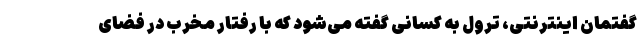
گفتمان اینترنتی، ترول به کسانی گفته می‌شود که با رفتار مخرب در فضای